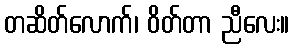
တဆိတ်လောက်၊ ဝိတ်တာ ညီလေး။